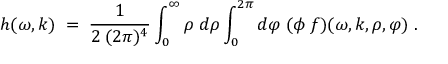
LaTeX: h ( \omega , k ) \; = \; \frac { 1 } { 2 \: ( 2 \pi ) ^ { 4 } } \int _ { 0 } ^ { \infty } \rho \: d \rho \int _ { 0 } ^ { 2 \pi } d \varphi \; ( \phi \: f ) ( \omega , k , \rho , \varphi ) \; .